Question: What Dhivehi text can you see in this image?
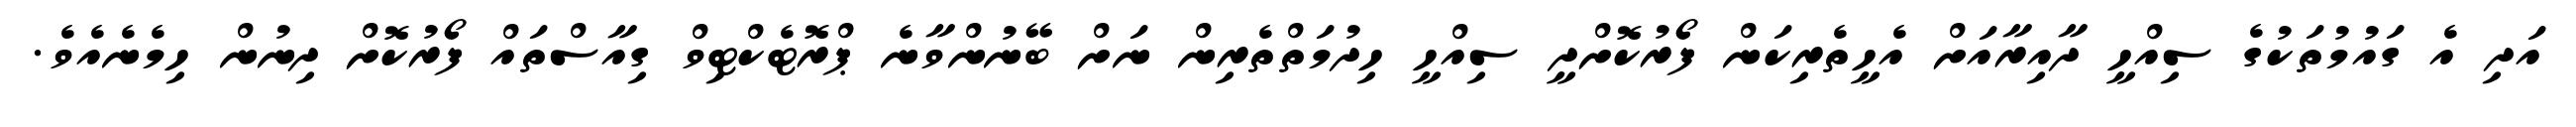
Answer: އަދި އެ ގައުމުތަކުގެ ސިއްހީ ދާއިރާއަށް އެހީތެރިކަން ފޯރުކޮށްދީ ސިއްހީ ހިދުމަތްތެރިން ނަށް ބޭނުންވާނެ ޕްރޮޓެކްޓިވް ގިއާސްތައް ފޯރުކޮށް ދިނުން ހިމެނެއެވެ.